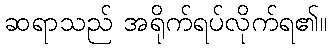
ဆရာသည် အရိုက်ရပ်လိုက်ရ၏။